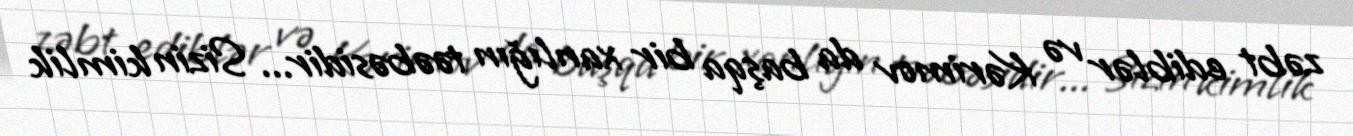
zəbt ediblər və Kərimov da başqa bir xanlığın təəbəsidir... Sizin kimlik